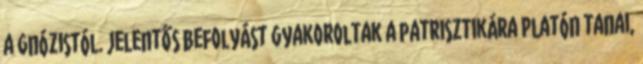
a gnózistól. Jelentős befolyást gyakoroltak a patrisztikára Platón tanai,